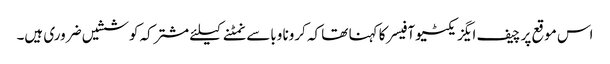
اس موقع پر چیف ایگزیکٹیو آفیسر کا کہنا تھا کہ کرونا وباسےنمٹنےکیلئے مشترکہ کوششیں ضروری ہیں۔